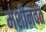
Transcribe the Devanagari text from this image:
मशीनवत